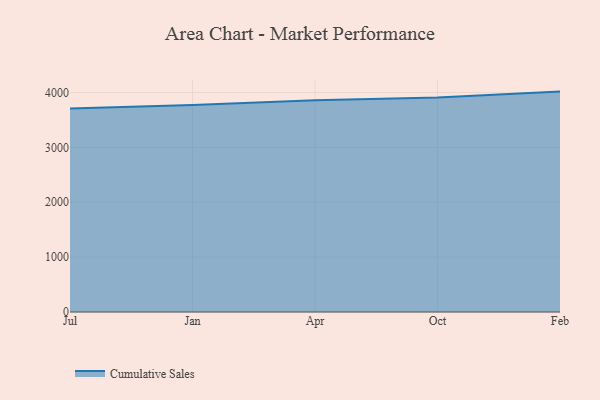
{"axis": {"x": "Month", "y": "LTV (USD)"}, "legend": ["Cumulative Sales"], "data": [{"x": "Jul", "y": 3707.3, "type": "Cumulative Sales"}, {"x": "Jan", "y": 3774.3, "type": "Cumulative Sales"}, {"x": "Apr", "y": 3858.1, "type": "Cumulative Sales"}, {"x": "Oct", "y": 3909.6, "type": "Cumulative Sales"}, {"x": "Feb", "y": 4017.1, "type": "Cumulative Sales"}]}